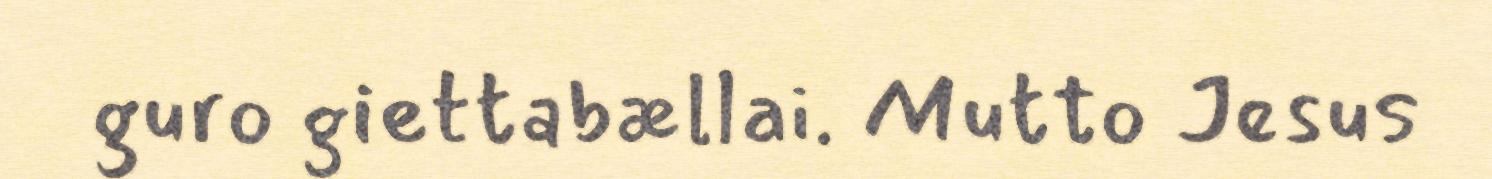
guro giettabællai. Mutto Jesus